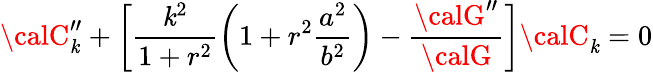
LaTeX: {\calC}_{\mathit{k}}^{\prime\prime}+\biggl[\frac{{\mathit{k}^{2}}}{{1+r^{2}}}\biggl(1+r^{2}\frac{{a^{2}}}{{b^{2}}}\biggr)-\frac{{{\calG}^{\prime\prime}}}{{{\calG}}}\biggr]{\calC}_{\mathit{k}}=0